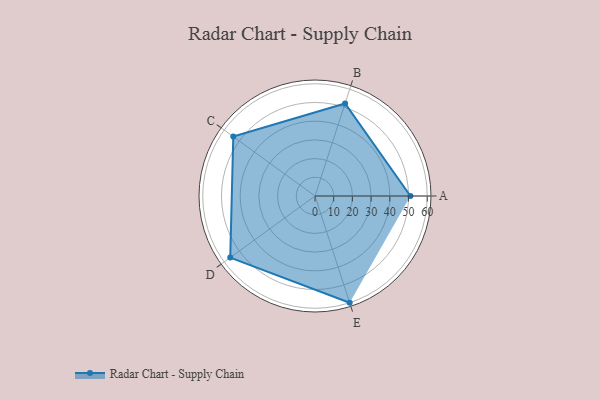
{"axis": {"x": "Skill", "y": "Score"}, "legend": ["Profile"], "data": [{"x": "A", "y": 51.0, "type": "Profile"}, {"x": "B", "y": 52.0, "type": "Profile"}, {"x": "C", "y": 54.0, "type": "Profile"}, {"x": "D", "y": 56.0, "type": "Profile"}, {"x": "E", "y": 60.0, "type": "Profile"}]}